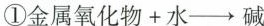
①金属氧化物+水\rightarrow碱